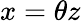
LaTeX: x=\theta z